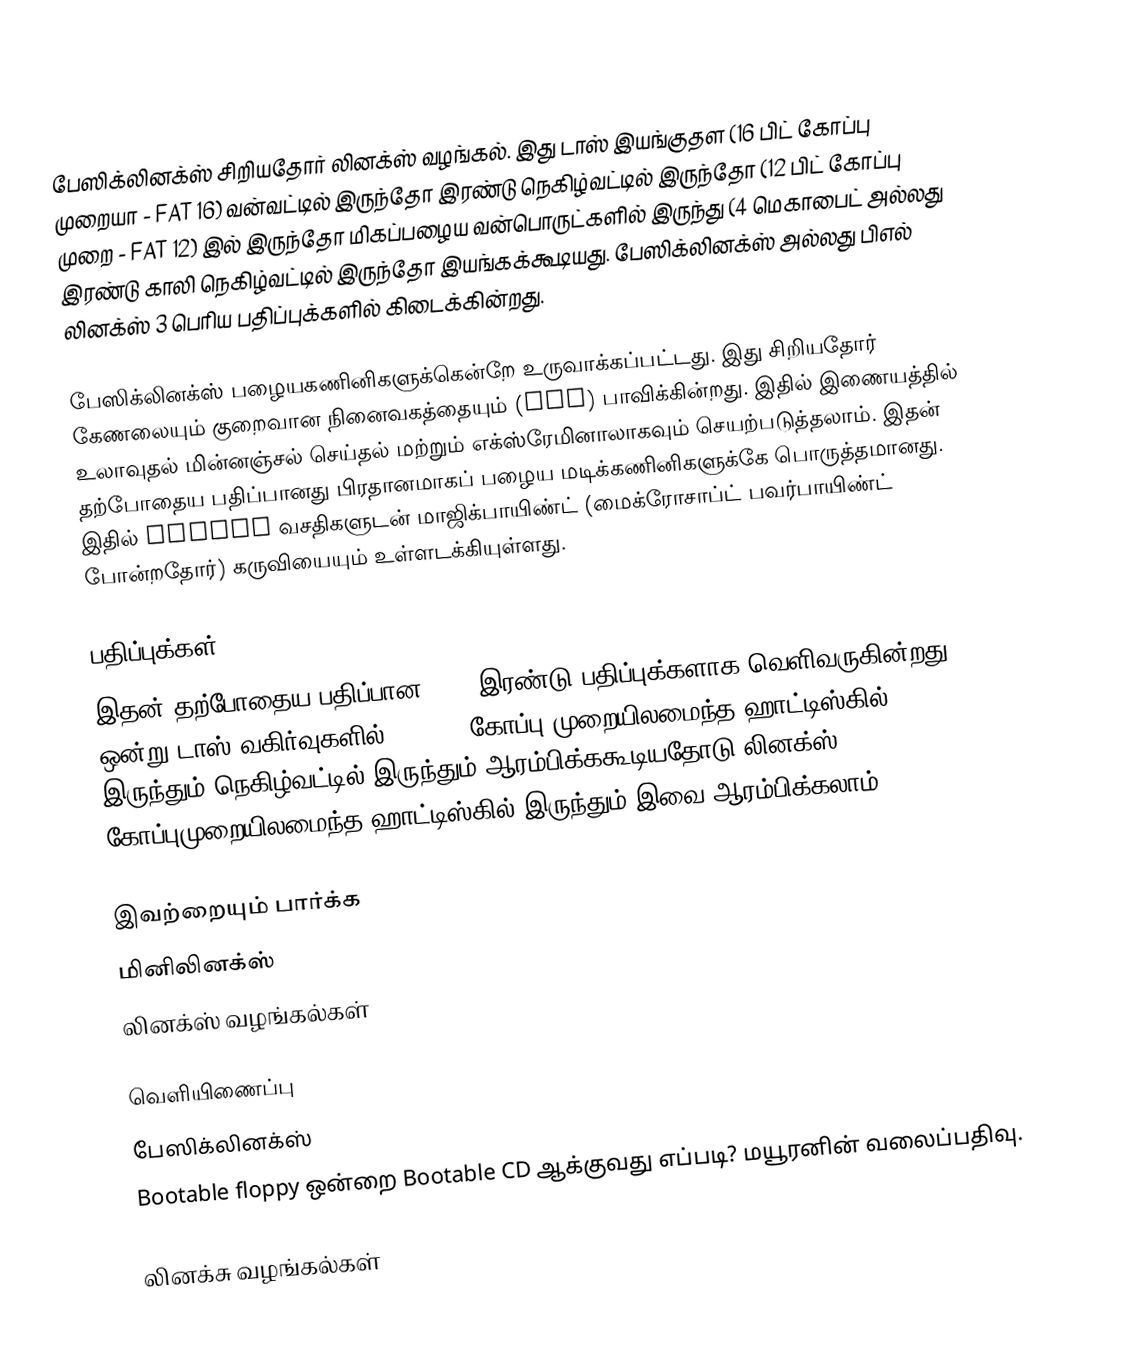
பேஸிக்லினக்ஸ் சிறியதோர் லினக்ஸ் வழங்கல். இது டாஸ் இயங்குதள (16 பிட் கோப்பு முறையா - FAT 16) வன்வட்டில் இருந்தோ இரண்டு நெகிழ்வட்டில் இருந்தோ (12 பிட் கோப்பு முறை - FAT 12) இல் இருந்தோ மிகப்பழைய வன்பொருட்களில் இருந்து (4 மெகாபைட் அல்லது இரண்டு காலி நெகிழ்வட்டில் இருந்தோ இயங்கக்கூடியது. பேஸிக்லினக்ஸ் அல்லது பிஎல் லினக்ஸ் 3 பெரிய பதிப்புக்களில் கிடைக்கின்றது.

பேஸிக்லினக்ஸ் பழையகணினிகளுக்கென்றே உருவாக்கப்பட்டது. இது சிறியதோர் கேணலையும் குறைவான நினைவகத்தையும் (RAM) பாவிக்கின்றது. இதில் இணையத்தில் உலாவுதல் மின்னஞ்சல் செய்தல் மற்றும் எக்ஸ்ரேமினாலாகவும் செயற்படுத்தலாம். இதன் தற்போதைய பதிப்பானது பிரதானமாகப் பழைய மடிக்கணினிகளுக்கே பொருத்தமானது. இதில் PCMCIA வசதிகளுடன் மாஜிக்பாயிண்ட் (மைக்ரோசாப்ட் பவர்பாயிண்ட் போன்றதோர்) கருவியையும் உள்ளடக்கியுள்ளது.

பதிப்புக்கள்
இதன் தற்போதைய பதிப்பான 3.40 இரண்டு பதிப்புக்களாக வெளிவருகின்றது. ஒன்று டாஸ் வகிர்வுகளில் (FAT 16 கோப்பு முறையிலமைந்த ஹாட்டிஸ்கில்) இருந்தும் நெகிழ்வட்டில் இருந்தும் ஆரம்பிக்ககூடியதோடு லினக்ஸ் கோப்புமுறையிலமைந்த ஹாட்டிஸ்கில் இருந்தும் இவை ஆரம்பிக்கலாம்.

இவற்றையும் பார்க்க
 மினிலினக்ஸ்
 லினக்ஸ் வழங்கல்கள்

வெளியிணைப்பு
 பேஸிக்லினக்ஸ்
 Bootable floppy ஒன்றை Bootable CD ஆக்குவது எப்படி? மயூரனின் வலைப்பதிவு.

லினக்சு வழங்கல்கள்